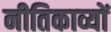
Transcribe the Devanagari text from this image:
नीतिकाव्यों